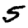
Digit: 5